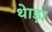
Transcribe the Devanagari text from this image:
थेाड़ा